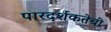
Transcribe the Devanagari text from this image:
पारदर्शकतेची